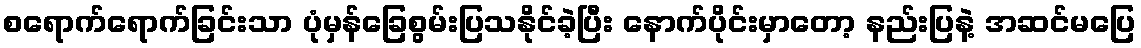
စရောက်ရောက်ခြင်းသာ ပုံမှန်ခြေစွမ်းပြသနိုင်ခဲ့ပြီး နောက်ပိုင်းမှာတော့ နည်းပြနဲ့ အဆင်မပြေ